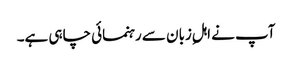
آپ نے اہلِ زبان سے رہنمائی چاہی ہے۔